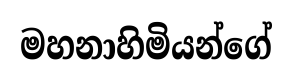
මහනාහිමියන්ගේ